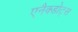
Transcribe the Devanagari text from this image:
एनैक्डोट्स